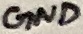
Text: GND